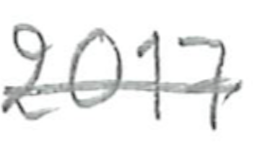
Text: 2017
Cross-out: mix
Writing tool: pencil